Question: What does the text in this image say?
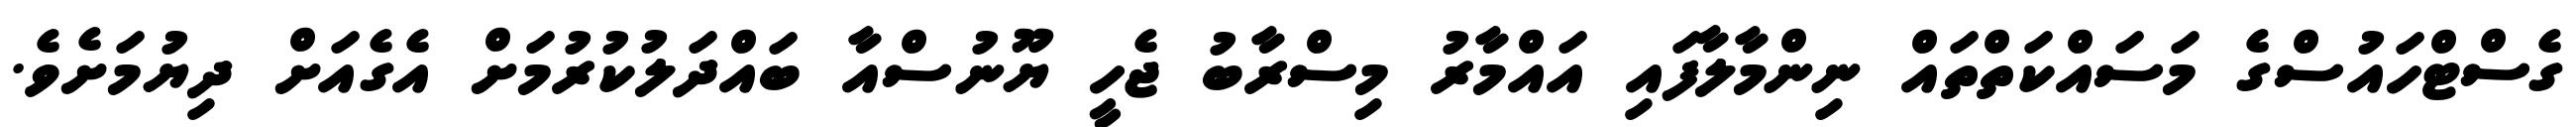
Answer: ގެސްޓްހައުސްގެ މަސައްކަތްތައް ނިންމާލާފައި އައްމާރު މިސްރާބު ޖެހީ ޔޫނުސްއާ ބައްދަލުކުރުމަށް އެގެއަށް ދިޔުމަށެވެ.